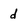
Character: d